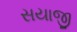
સયાજી